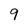
Character: 9